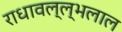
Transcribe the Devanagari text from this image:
राधावल्ल्भलाल